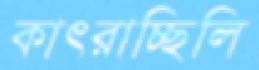
কাৎরাচ্ছিলি